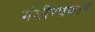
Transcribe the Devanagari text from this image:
गंभीरपणाने